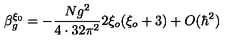
\beta _ { g } ^ { \xi _ { 0 } } = - \frac { N g ^ { 2 } } { 4 \cdot 3 2 \pi ^ { 2 } } 2 \xi _ { o } ( \xi _ { o } + 3 ) + O ( \hbar ^ { 2 } )